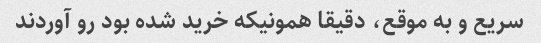
سریع و به موقع، دقیقا همونیکه خرید شده بود رو آوردند